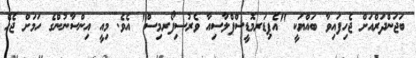
ބަޖަންދަރްއަށް ޖެހިފައިވާ ބައްޔަކީ "އެޕިޑަރމޮޑީސްޕްލާސިއާ ވެރުސިފޯރމިސް" އެވެ. މިއީ އިންސާނުންގެ ހަމަށް ޖެހޭ